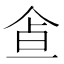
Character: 𩚃